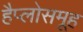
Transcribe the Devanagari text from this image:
हैप्लोसमूह